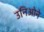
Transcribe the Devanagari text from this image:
उनिओने